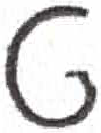
אות: ט